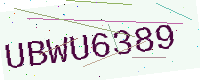
Text: UBWU6389